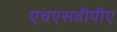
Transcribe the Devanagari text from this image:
एचएसडीपीए